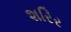
શરિર